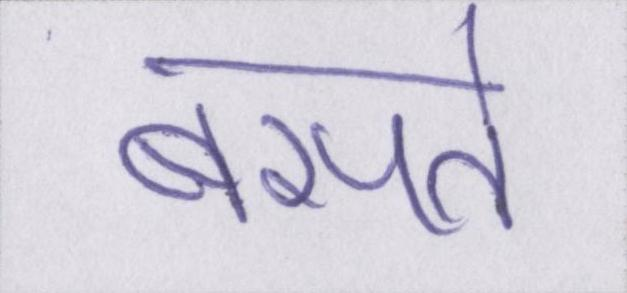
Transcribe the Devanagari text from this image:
बसते